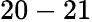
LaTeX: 20-21